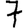
Digit: 7